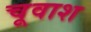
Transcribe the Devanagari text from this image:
चूवाश